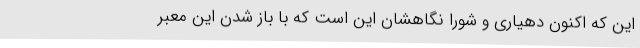
این که اکنون دهیاری و شورا نگاهشان این است که با باز شدن این معبر